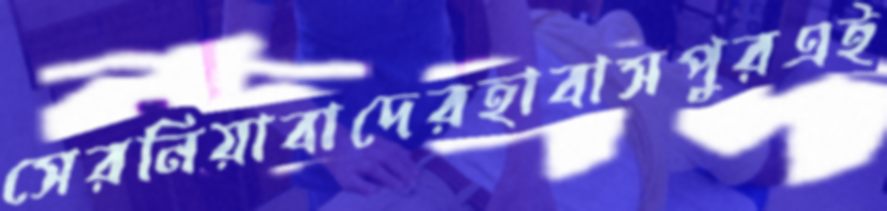
সেরনিয়াবাদেরহাবাসপুরএই